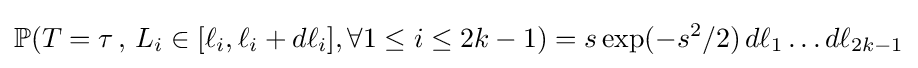
\mathbb {P} (T=\tau \,,\,L_{i}\in [\ell _{i},\ell _{i}+d\ell _{i}],\forall 1\leq i\leq 2k-1)=s\exp(-s^{2}/2)\,d\ell _{1}\ldots d\ell _{2k-1}